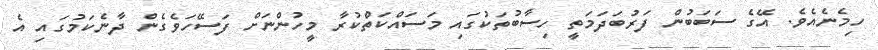
ހިމެނެއެވެ. އޭގެ ސަބަބުން ފަރުބަދަމަތީ ހިސާބުތަކުގައި މަސައްކަތްކުރާ މީހުންނަށް ފަސޭހަވެގެން ދާނެކަމުގައި އެ